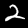
Label: 2